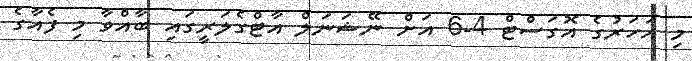
މި އަހަރުގެ އޮގަސްޓް 4-6 އަށް ނޭޝަނަލް އާޓްގެލަރީގައި ބާއްވާ މި ފެއާގެ